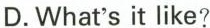
D.What's it like?